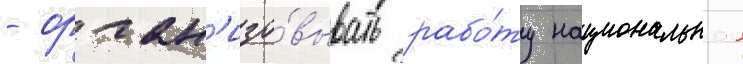
- орган'изо́вывать рабо́ту национальнои